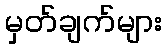
မှတ်ချက်များ